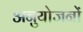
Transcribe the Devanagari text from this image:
अनुयोजनों